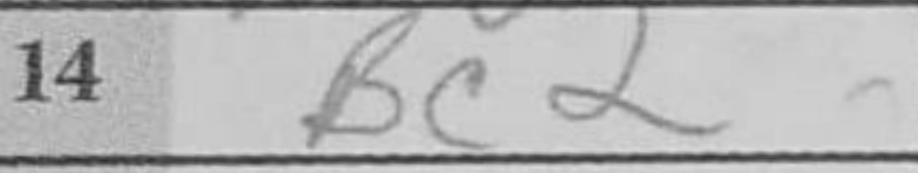
Transcription: Bc2